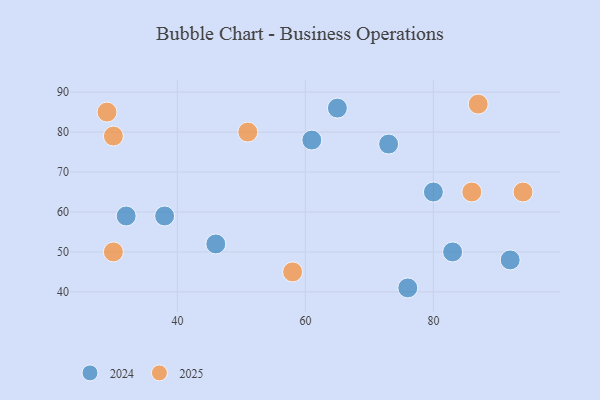
{"axis": {"x": "GDP", "y": "Life Expectancy"}, "legend": ["2024", "2025"], "data": [{"x": "51", "y": 80, "type": "2025"}, {"x": "30", "y": 79, "type": "2025"}, {"x": "29", "y": 85, "type": "2025"}, {"x": "30", "y": 50, "type": "2025"}, {"x": "94", "y": 65, "type": "2025"}, {"x": "87", "y": 87, "type": "2025"}, {"x": "58", "y": 45, "type": "2025"}, {"x": "86", "y": 65, "type": "2025"}, {"x": "80", "y": 65, "type": "2024"}, {"x": "83", "y": 50, "type": "2024"}, {"x": "61", "y": 78, "type": "2024"}, {"x": "32", "y": 59, "type": "2024"}, {"x": "92", "y": 48, "type": "2024"}, {"x": "46", "y": 52, "type": "2024"}, {"x": "76", "y": 41, "type": "2024"}, {"x": "65", "y": 86, "type": "2024"}, {"x": "73", "y": 77, "type": "2024"}, {"x": "38", "y": 59, "type": "2024"}]}